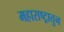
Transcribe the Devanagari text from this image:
महाराष्ट्रातुन